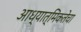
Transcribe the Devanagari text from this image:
आध्यात्मिकतेचा